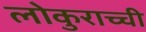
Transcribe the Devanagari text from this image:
लोकुराच्ची